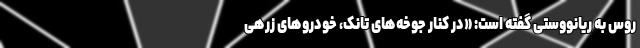
روس به ریانووستی گفته است: «در کنار جوخه‌های تانک، خودروهای زرهی